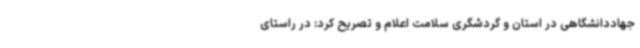
جهاددانشگاهی در استان و گردشگری سلامت اعلام و تصریح کرد: در راستای